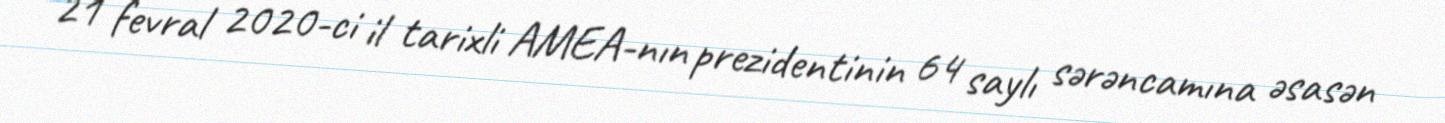
21 fevral 2020-ci il tarixli AMEA-nın prezidentinin 64 saylı sərəncamına əsasən